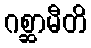
ဂစ္ဆာမီတိ